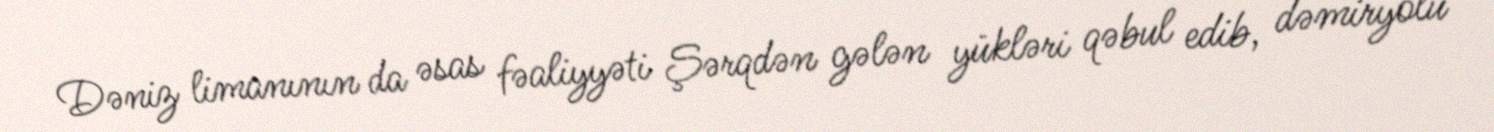
Dəniz limanının da əsas fəaliyyəti Şərqdən gələn yükləri qəbul edib, dəmiryolu